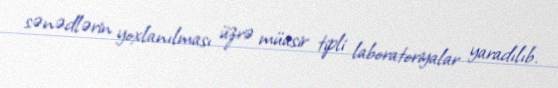
sənədlərin yoxlanılması üzrə müasir tipli laboratoriyalar yaradılıb.